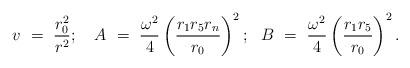
LaTeX: \begin{align*}v~=~{r_{0}^{2} \over r^{2}};~~~A~=~ {\omega^{2} \over 4}\left({r_{1}r_{5}r_{n} \over r_{0}}\right)^{2};~~B~=~{\omega^{2} \over 4}\left( {r_{1}r_{5} \over r_{0}} \right)^{2}.\end{align*}